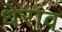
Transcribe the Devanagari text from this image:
धेराव